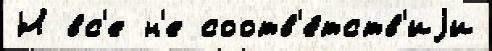
Н вс'е н'е соотв'е́тств'иjи